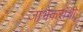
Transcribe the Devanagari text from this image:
जांभेकरांची